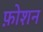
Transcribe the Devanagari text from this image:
फ़ोशन